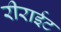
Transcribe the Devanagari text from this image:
रीराईट